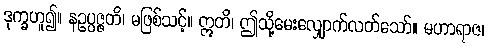
ဒုက္ခဟူ၍။ နဥပ္ပဇ္ဇတိ၊ မဖြစ်သင့်။ ဣတိ၊ ဤသို့မေးလျှောက်လတ်သော်။ မဟာရာဇ၊